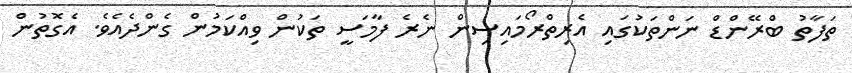
ތަފާތު ބްރޭންޑް ނަންތަކުގައި އެރިތްރޯމައިސިން ނެރެ ފާމަސީ ތަކުން ވިއްކަމުން ގެންދެއެވެ. އެގޮތުން